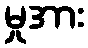
မှုအား